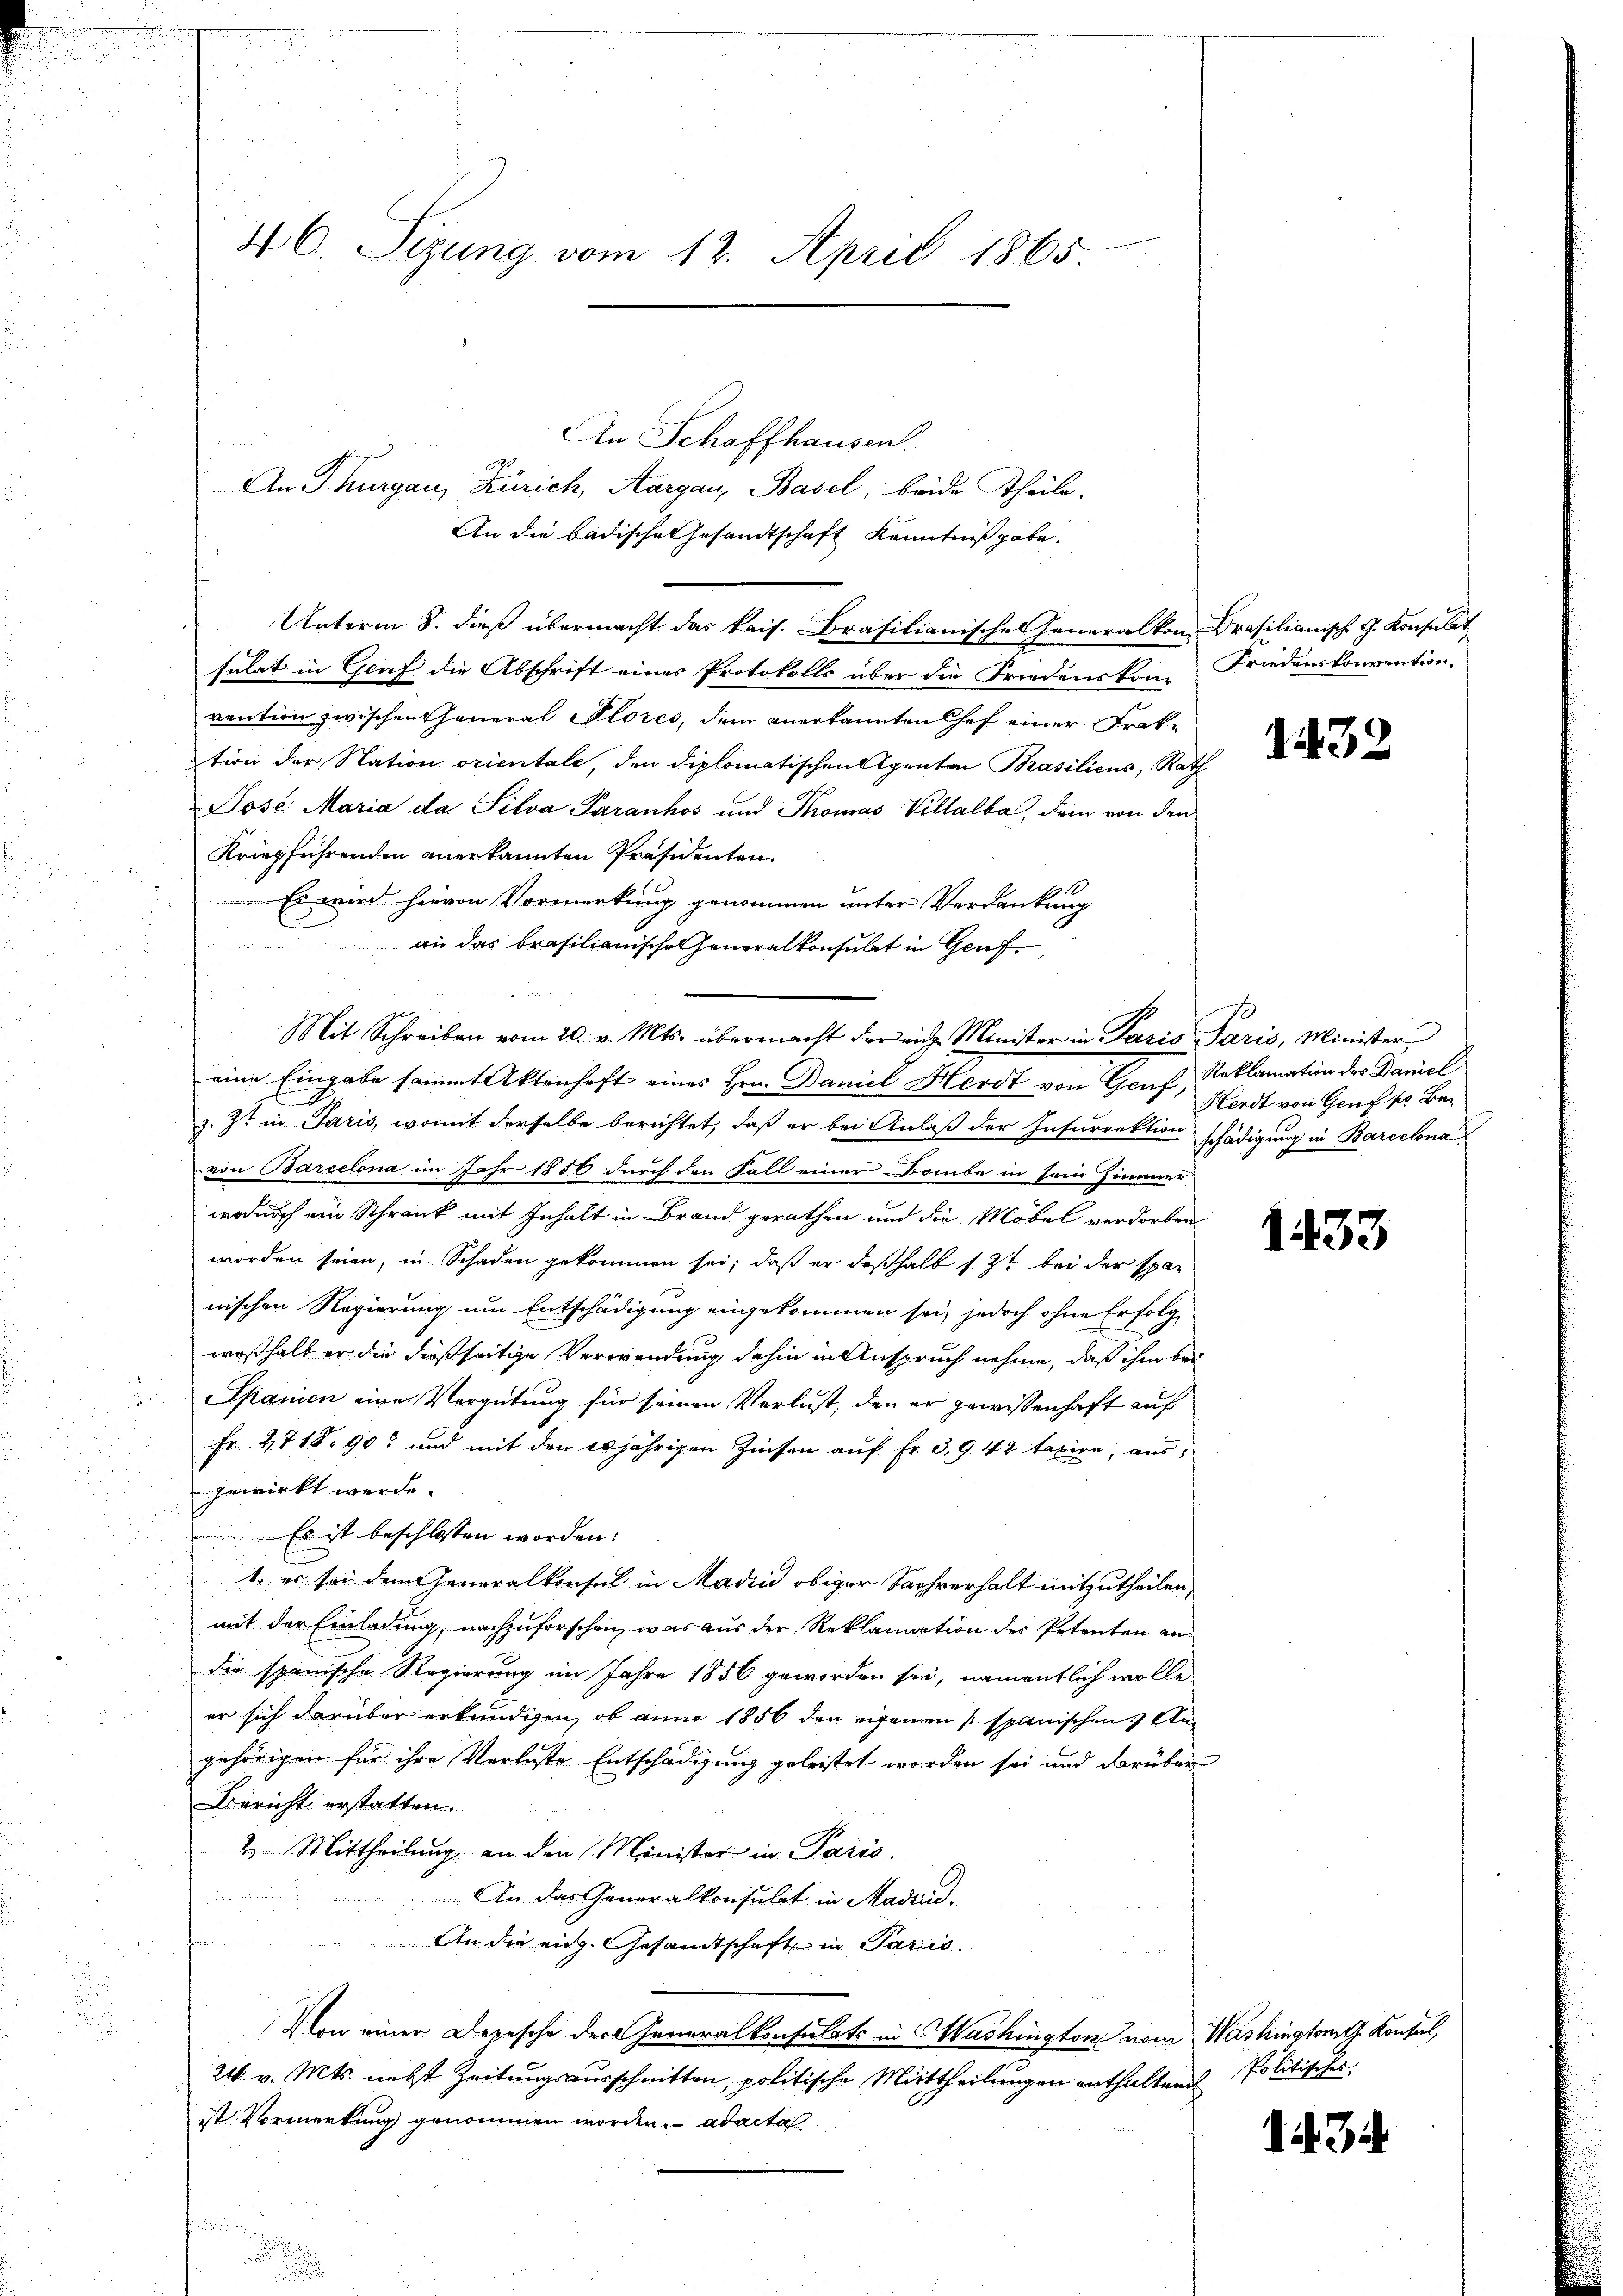
46. Sizung vom 12. April 1865.

An Schaffhausen.
An Thurgau, Zürich, Aargau, Basel, beide Theile.
An die badische Gesandtschaft Kenntniß gabe.
Unterm 8. dieß übermacht das kais. Brasilianische Generalkon Crasilianisch G. Konsulat
sulat in Genf die Abschrift eines Protokolls über die Friedensten Friedenskonvention.
vention zwischen General Stores, dem anerkannten Chef einer Frattion der Nation orientale, den diplomatischen Agenten Prasiliens, Rath
Pose Maria da Silva Paranhos und Thomas Villalba, dem von den
Kriegführenden anerkannten Präsidenten.
u
Es wird hievon Vormerkung genommen unter Verdankung
.

 an das brasilianisches Generalkonsulat in Genf,
u
e
Mit Schreiben vom 20. v. Mts. übermacht der ein Minister in Paris Paris, Minister
eine Eingabe sammt Aktenhaft eines Hrn. Daniel Herdt von Genf, Reklamation des Daniel
z. Zt. in Paris, womit derselbe berichtet, daß er bei Anlaß der Insurrektion schädigung in Barcelona
von Barcelona im Jahr 1856 durch den Fall einer Baube in sein Zimmer,
wodurch ein Schrank mit Inhalt in Brand gerathen und die Möbel verdorben
worden seien, in Schaden gekommen sei; daß er deßhalb s. Zt. bei der spar
nischen Regierung um Entschädigung eingekommen sei, jedoch ohne Erfolge
weßhalb er die dießseitige Verwendung dahin in Anspruch nehme, daß ihm bei
Spanien eine Vergütung für seinen Verlust, den er gewissenhaft auf
Fr 2718. 90 und mit den 20jährigen Zinsen auf Fr. 3,942 taxire, ausgewirkt werde.
 Es ist beschlossen worden:
1. es sei dem Generalkonsul in Madin obiger Sachverhalt mitzutheilen,
mit der Einladung, nachzuforschen, was aus der Reklamation des Petenten an
die spanische Regierung im Jahre 1856 geworden sei, namentlich wolle
er sich darüber erkundigen, ob anno 1856 den eigenen spanischen Angehörigen für ihre Verluste Entschädigung geleistet worden sei und darüber
Bericht erstatten.
2. Mittheilung an den Minister in Paris.

An das Generalkonsulat in Madau.
fänderung der in den
An die eidg. Gesandtschaft in Paris.
Von einer Depesche der Generalkonsulats in Washington vom Washingtamt Konsul,
24. v. Mts. nebst Zeitungsausschnitten, politische Mittheilungen enthaltene Politisches
ist Vormerkung genommen worden. ad acta

.
.

1432

Herdt von Genf so Ber

1433

3